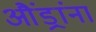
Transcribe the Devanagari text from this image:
औंड्रांना